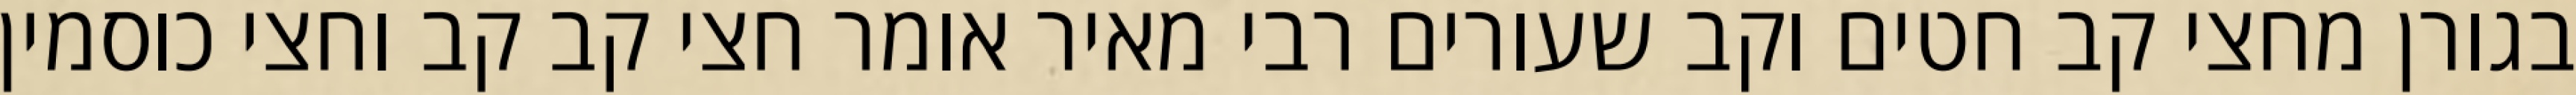
בגורן מחצי קב חטים וקב שעורים רבי מאיר אומר חצי קב קב וחצי כוסמין